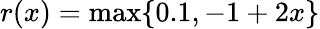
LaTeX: r(x)=\operatorname*{max}\{ 0.1,-1+2x\}